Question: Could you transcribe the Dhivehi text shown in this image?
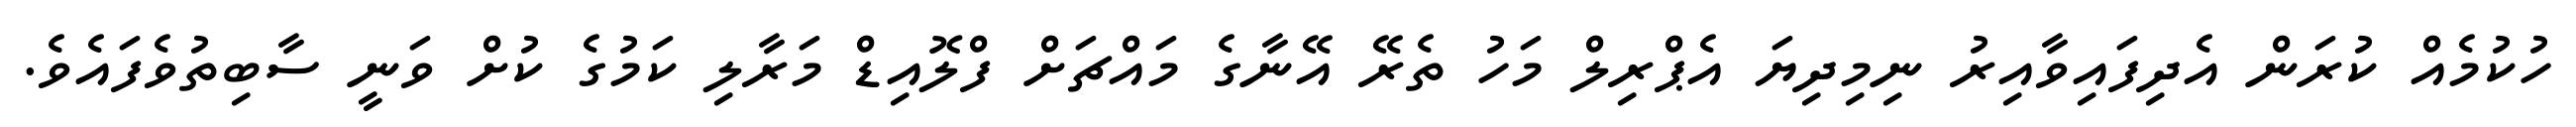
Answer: ހުކުމެއް ކުރަން އެދިފައިވާއިރު ނިމިދިޔަ އެޕްރިލް މަހު ތެރޭ އޭނާގެ މައްޗަށް ފްލޮއިޑް މަރާލި ކަމުގެ ކުށް ވަނީ ސާބިތުވެފައެވެ.